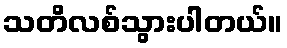
သတိလစ်သွားပါတယ်။